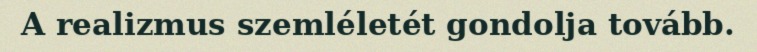
A realizmus szemléletét gondolja tovább.